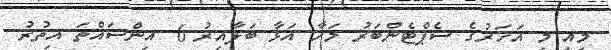
މިއީ މި އަހަރުގެ ސެޕްޓެންބަރު މަހާ އަޅާ ބަލާއިރު 6 އިންސައްތަ އިތުރު